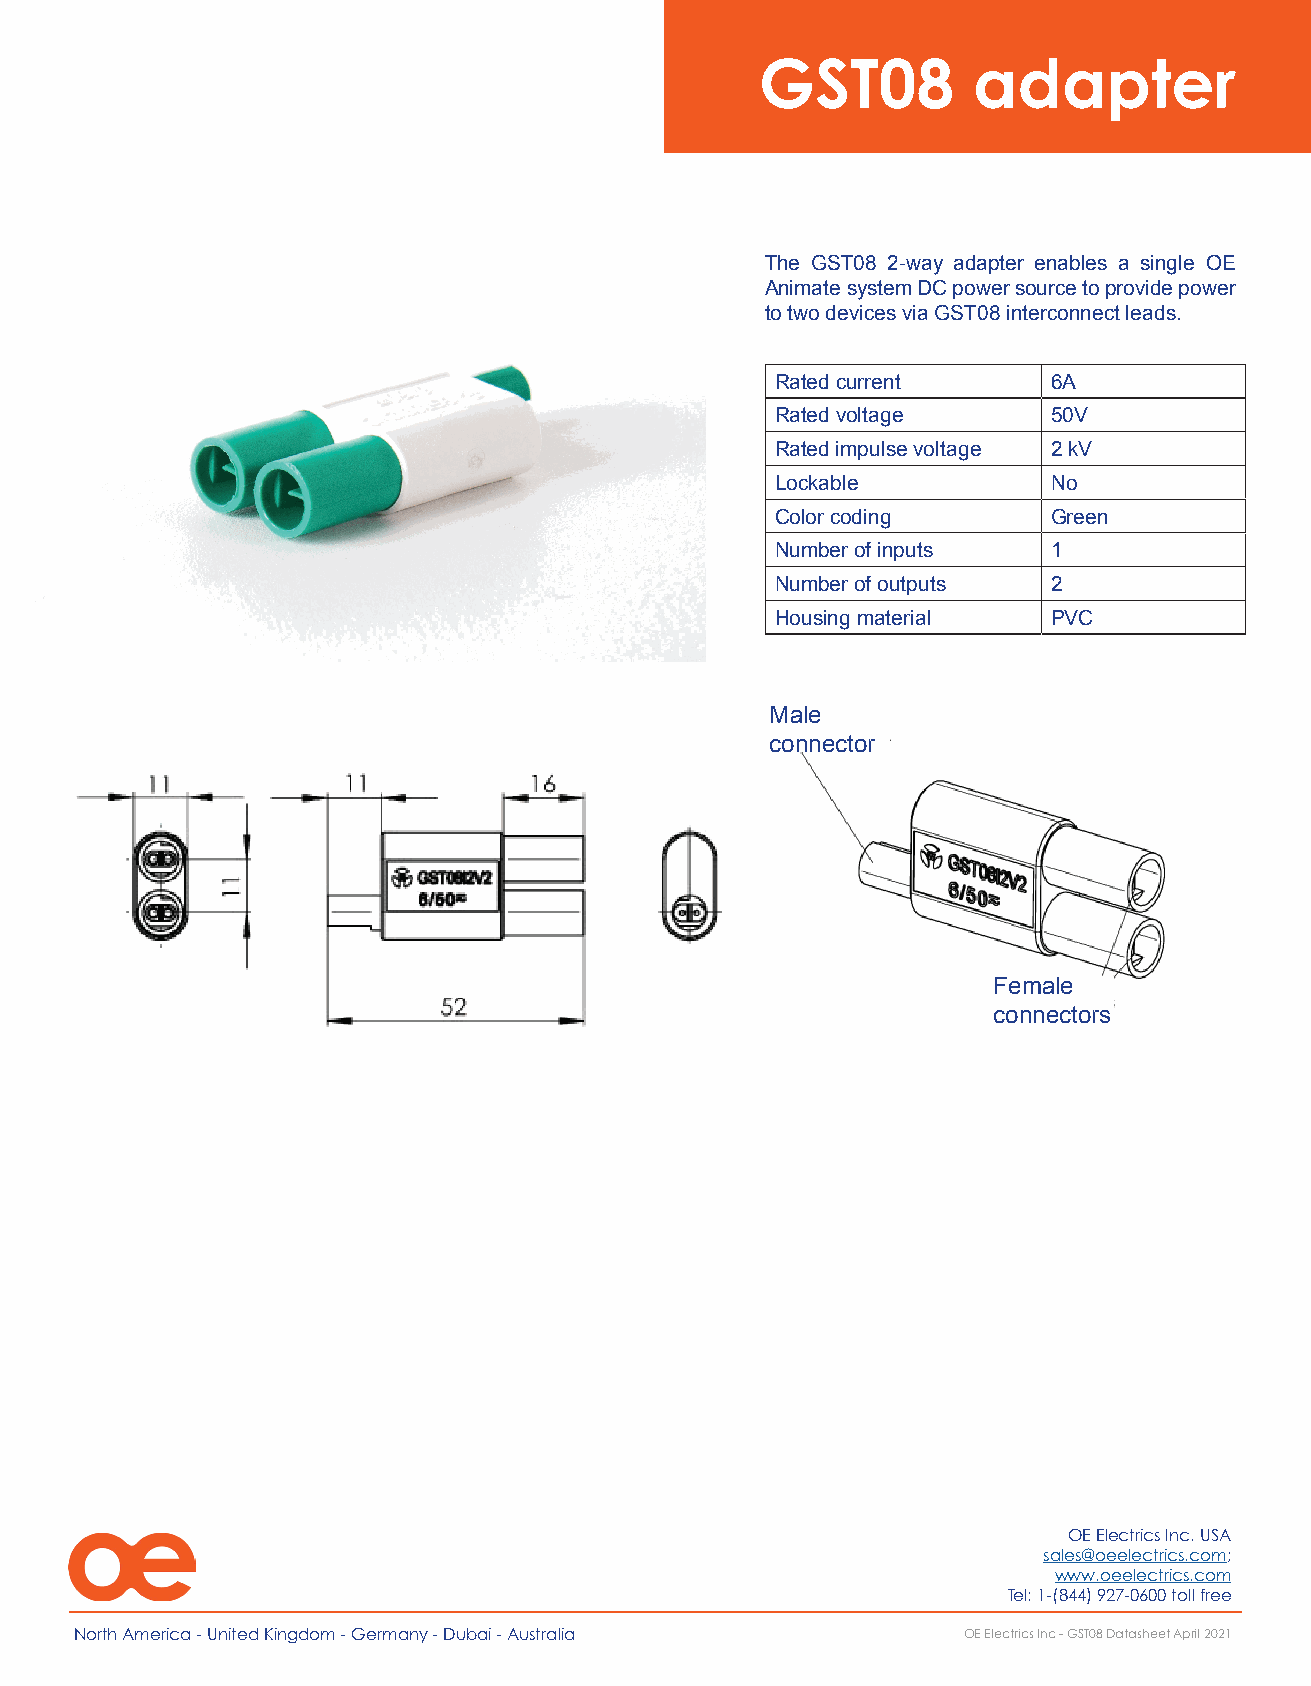
GST08         adapter
 The GST08 2-way adapter enables a single OE
 Animate system DC power source to provide power
 to two devices via GST08 interconnect leads.
 Rated current      6A
 Rated voltage      50V
 Rated impulse voltage 2 kV
 Lockable           No
 Color coding       Green
 Number of inputs   1
 Number of outputs  2
 Housing material   PVC
 Male
 connector
 Female
 connectors
 OE Electrics Inc. USA
 sales@oeelectrics.com;
 www.oeelectrics.com
 Tel: 1-(844) 927-0600 toll free
 North America - United Kingdom - Germany - Dubai - Australia OE Electrics Inc - GST08 Datasheet April 2021